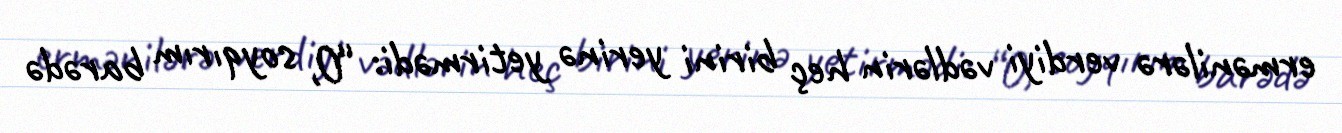
ermənilərə verdiyi vədlərin heç birini yerinə yetirmədi: “O, soyqırım barədə